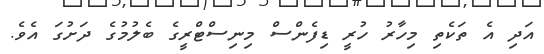
އަދި އެ ތަކެތި މިހާރު ހުރީ ޑިފެންސް މިނިސްޓްރީގެ ބެލުމުގެ ދަށުގަ އެވެ.